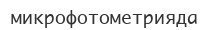
микрофотометрияда